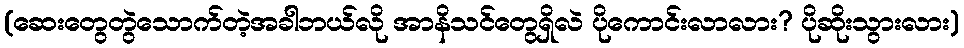
(ဆေးတွေတွဲသောက်တဲ့အခါဘယ်လို အာနိသင်တွေရှိလဲ ပိုကောင်းလာလား? ပိုဆိုးသွားလား)